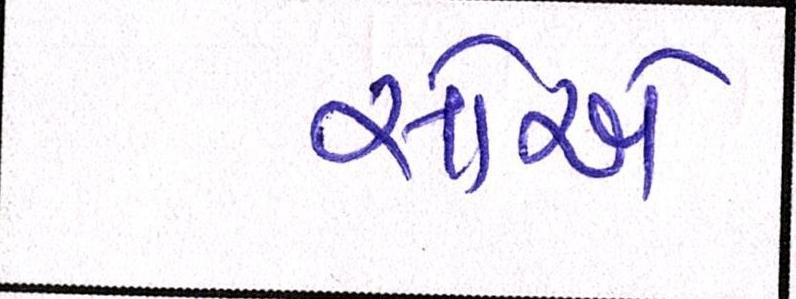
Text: સોએ